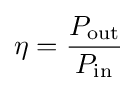
\eta ={\frac {P_{\mathrm {out} }}{P_{\mathrm {in} }}}